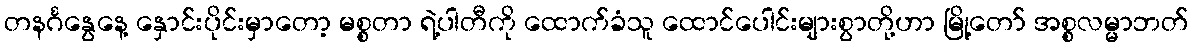
တနင်္ဂနွေနေ့ နှောင်းပိုင်းမှာတော့ မစ္စတာ ရဲ့ပါတီကို ထောက်ခံသူ ထောင်ပေါင်းများစွာတို့ဟာ မြို့တော် အစ္စလမ္မာဘတ်